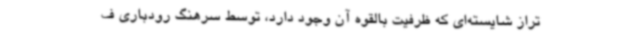
تراز شایسته‌ای که ظرفیت بالقوه آن وجود دارد، توسط سرهنگ رودباری ف